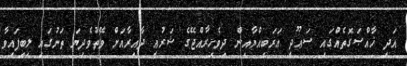
އަދި ޚާއްޞަގޮތެއްގައި ސަޢޫދީ ޢަރަބިއްޔާއިން ދިވެހިރާއްޖޭގެ ޝަރުޢީ ދާއިރާއަށް ވޭތުވެދިޔަ ތަނުގައި ލިބިފައިވާ